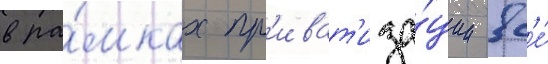
в ра́мках пр'иват'иза́ции вс'е́